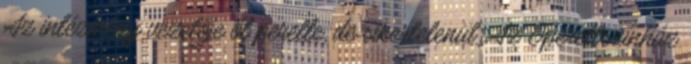
Az intézmény vezetője őt perelte, de sikertelenül. Az Operettszínház